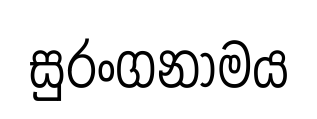
සුරංගනාමය